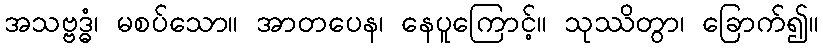
အသဗ္ဗဒ္ဓံ၊ မစပ်သော။ အာတပေန၊ နေပူကြောင့်။ သုဿိတွာ၊ ခြောက်၍။